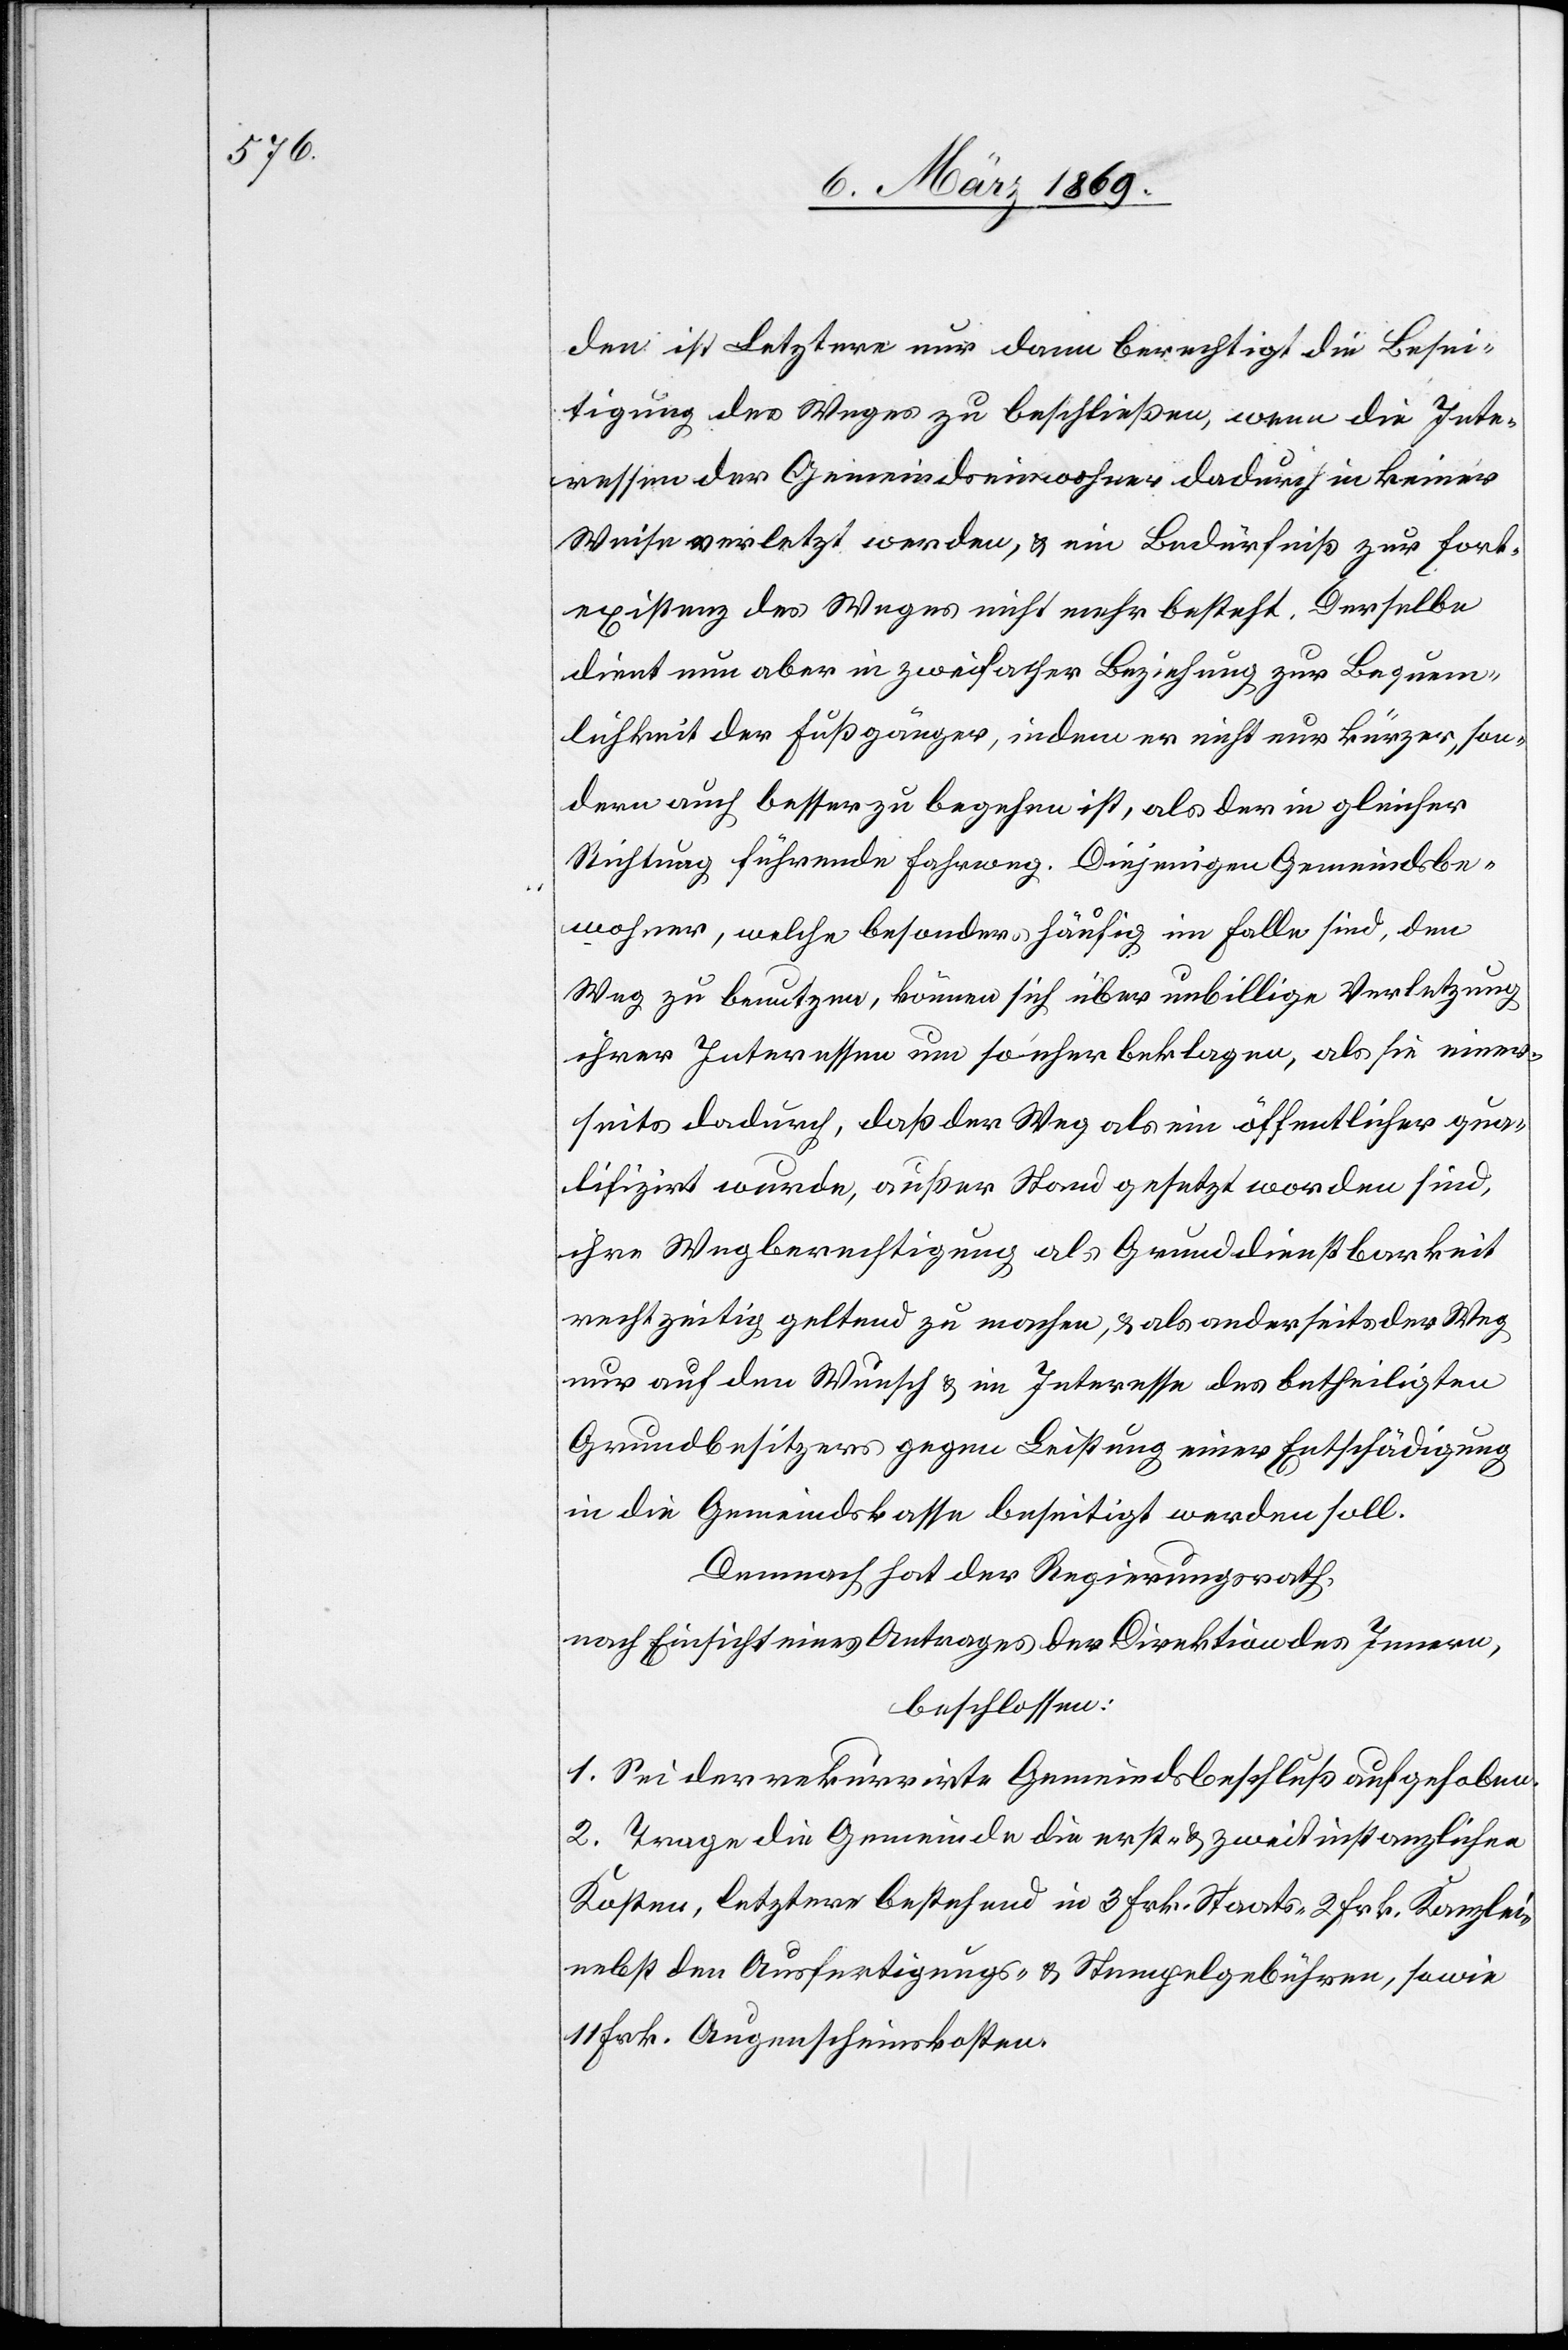
den ist Letztere nur dann berechtigt die Besei¬
tigung des Weges zu beschließen, wenn die Inte¬
ressen der Gemeindseinwohner dadurch in keiner
Weise verletzt werden, & ein Bedürfniß zur Fort¬
existenz des Weges nicht mehr besteht. Derselbe
dient nun aber in zweifacher Beziehung zur Bequem¬
lichkeit der Fußgänger, indem er nicht nur kürzer, son¬
dern auch besser zu begehen ist, als der in gleicher
Richtung führende Fahrweg. Diejenigen Gemeindsbe¬
wohner, welche besonders häufig im Falle sind, den
Weg zu benutzen, können sich über unbillige Verletzung
ihrer Interessen um so eher beklagen, als sie einer¬
seits dadurch, daß der Weg als ein öffentlicher qua¬
lifizirt wurde, außer Stand gesetzt worden sind,
ihre Wegberechtigung als Grunddienstbarkeit
rechtzeitig geltend zu machen, & als anderseits der Weg
nur auf den Wunsch & im Interesse des betheiligten
Grundbesitzers gegen Leistung einer Entschädigung
in die Gemeindskasse beseitigt werden soll.
Demnach hat der Regierungsrath,
nach Einsicht eines Antrages der Direktion des Innern,
beschlossen:
1. Sei der rekurrirte Gemeindsbeschluß aufgehoben.
2. Trage die Gemeinde die erst- & zweitinstanzlichen
Kosten, letztere bestehend in 3 Frk. Staats-[,] 2 Frk. Kanzlei-
nebst den Ausfertigungs- & Stempelgebühren, sowie
11 Frk. Augenscheinskosten.